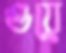
গুয়ে